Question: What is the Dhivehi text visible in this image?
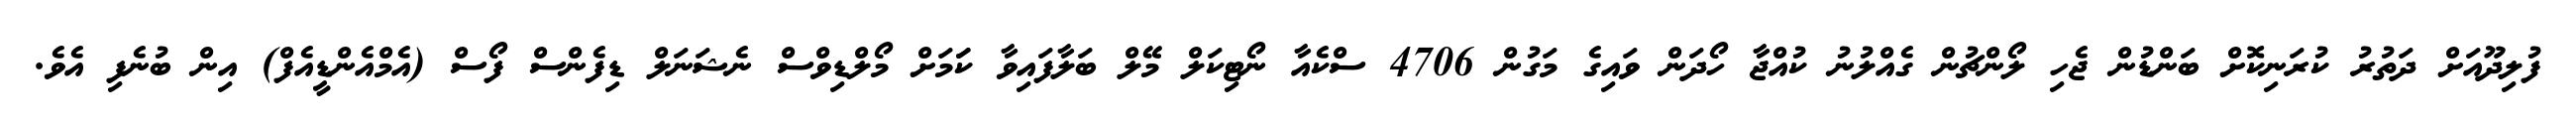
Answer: ފުލިދޫއަށް ދަތުރު ކުރަނިކޮށް ބަންޑުން ޖެހި ލޯންޗުން ގެއްލުނު ކުއްޖާ ހޯދަން ވައިގެ މަގުން 4706 ސްކެއާ ނޯޓިކަލް މޭލް ބަލާފައިވާ ކަަމަށް މޯލްޑިވްސް ނެޝަނަލް ޑިފެންސް ފޯސް (އެމްއެންޑީއެފް) އިން ބުނެފި އެވެ.